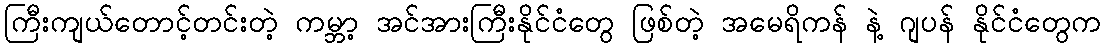
ကြီးကျယ်တောင့်တင်းတဲ့ ကမ္ဘာ့ အင်အားကြီးနိုင်ငံတွေ ဖြစ်တဲ့ အမေရိကန် နဲ့ ဂျပန် နိုင်ငံတွေက